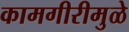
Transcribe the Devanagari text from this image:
कामगीरीमुळे